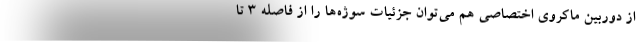
از دوربین ماکروی اختصاصی هم می‌توان جزئیات سوژه‌ها را از فاصله ۳ تا